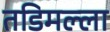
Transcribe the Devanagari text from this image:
तडिमल्ला